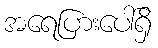
အရေပြားပေါ်ရှိ